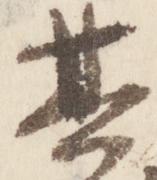
其